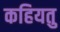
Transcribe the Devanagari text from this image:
कहियतु